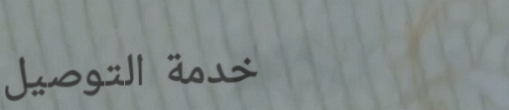
خدمة التوصيل